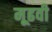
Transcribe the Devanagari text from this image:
मूढवी